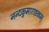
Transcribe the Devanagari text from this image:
नन्दकुमाराष्टकम्